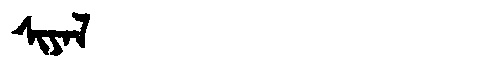
Manchu: ᠰᡳᠶᠠᠯ
Romanization: SIYAL